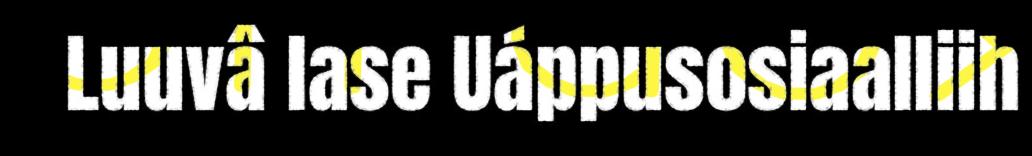
Luuvâ lase Uáppusosiaalliih